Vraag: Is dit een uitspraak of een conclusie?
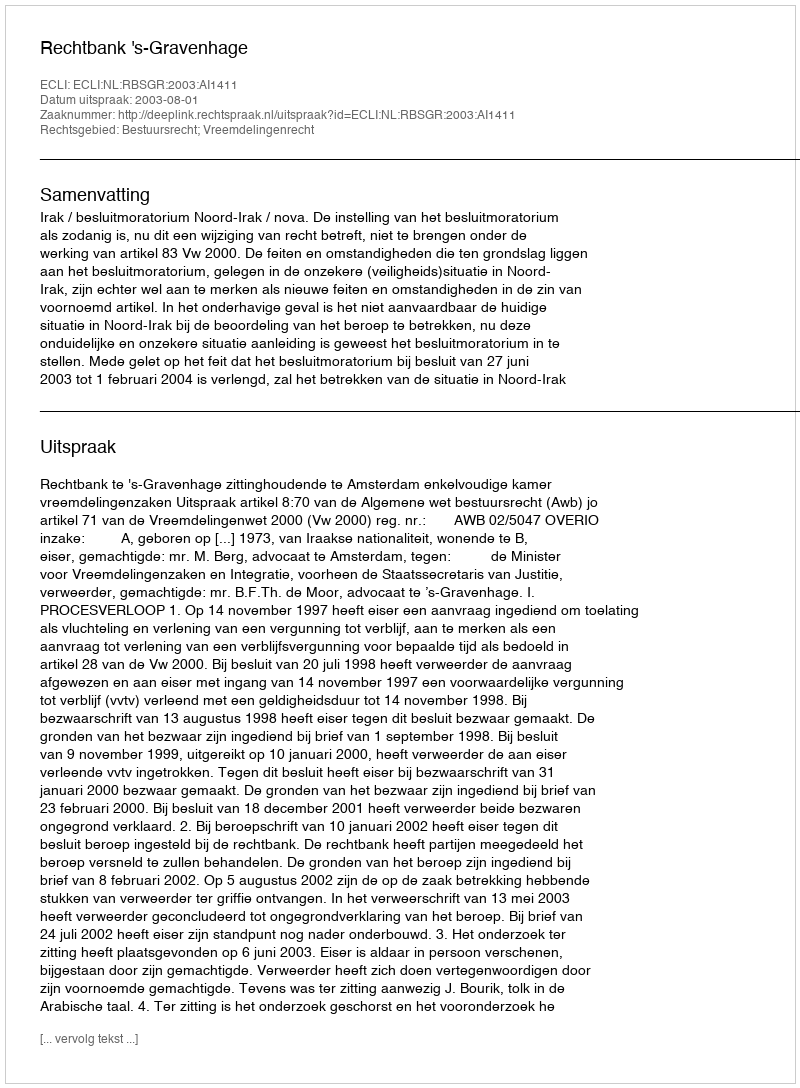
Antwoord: Uitspraak